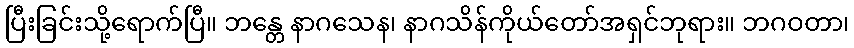
ပြီးခြင်းသို့ရောက်ပြီ။ ဘန္တေ နာဂသေန၊ နာဂသိန်ကိုယ်တော်အရှင်ဘုရား။ ဘဂဝတာ၊